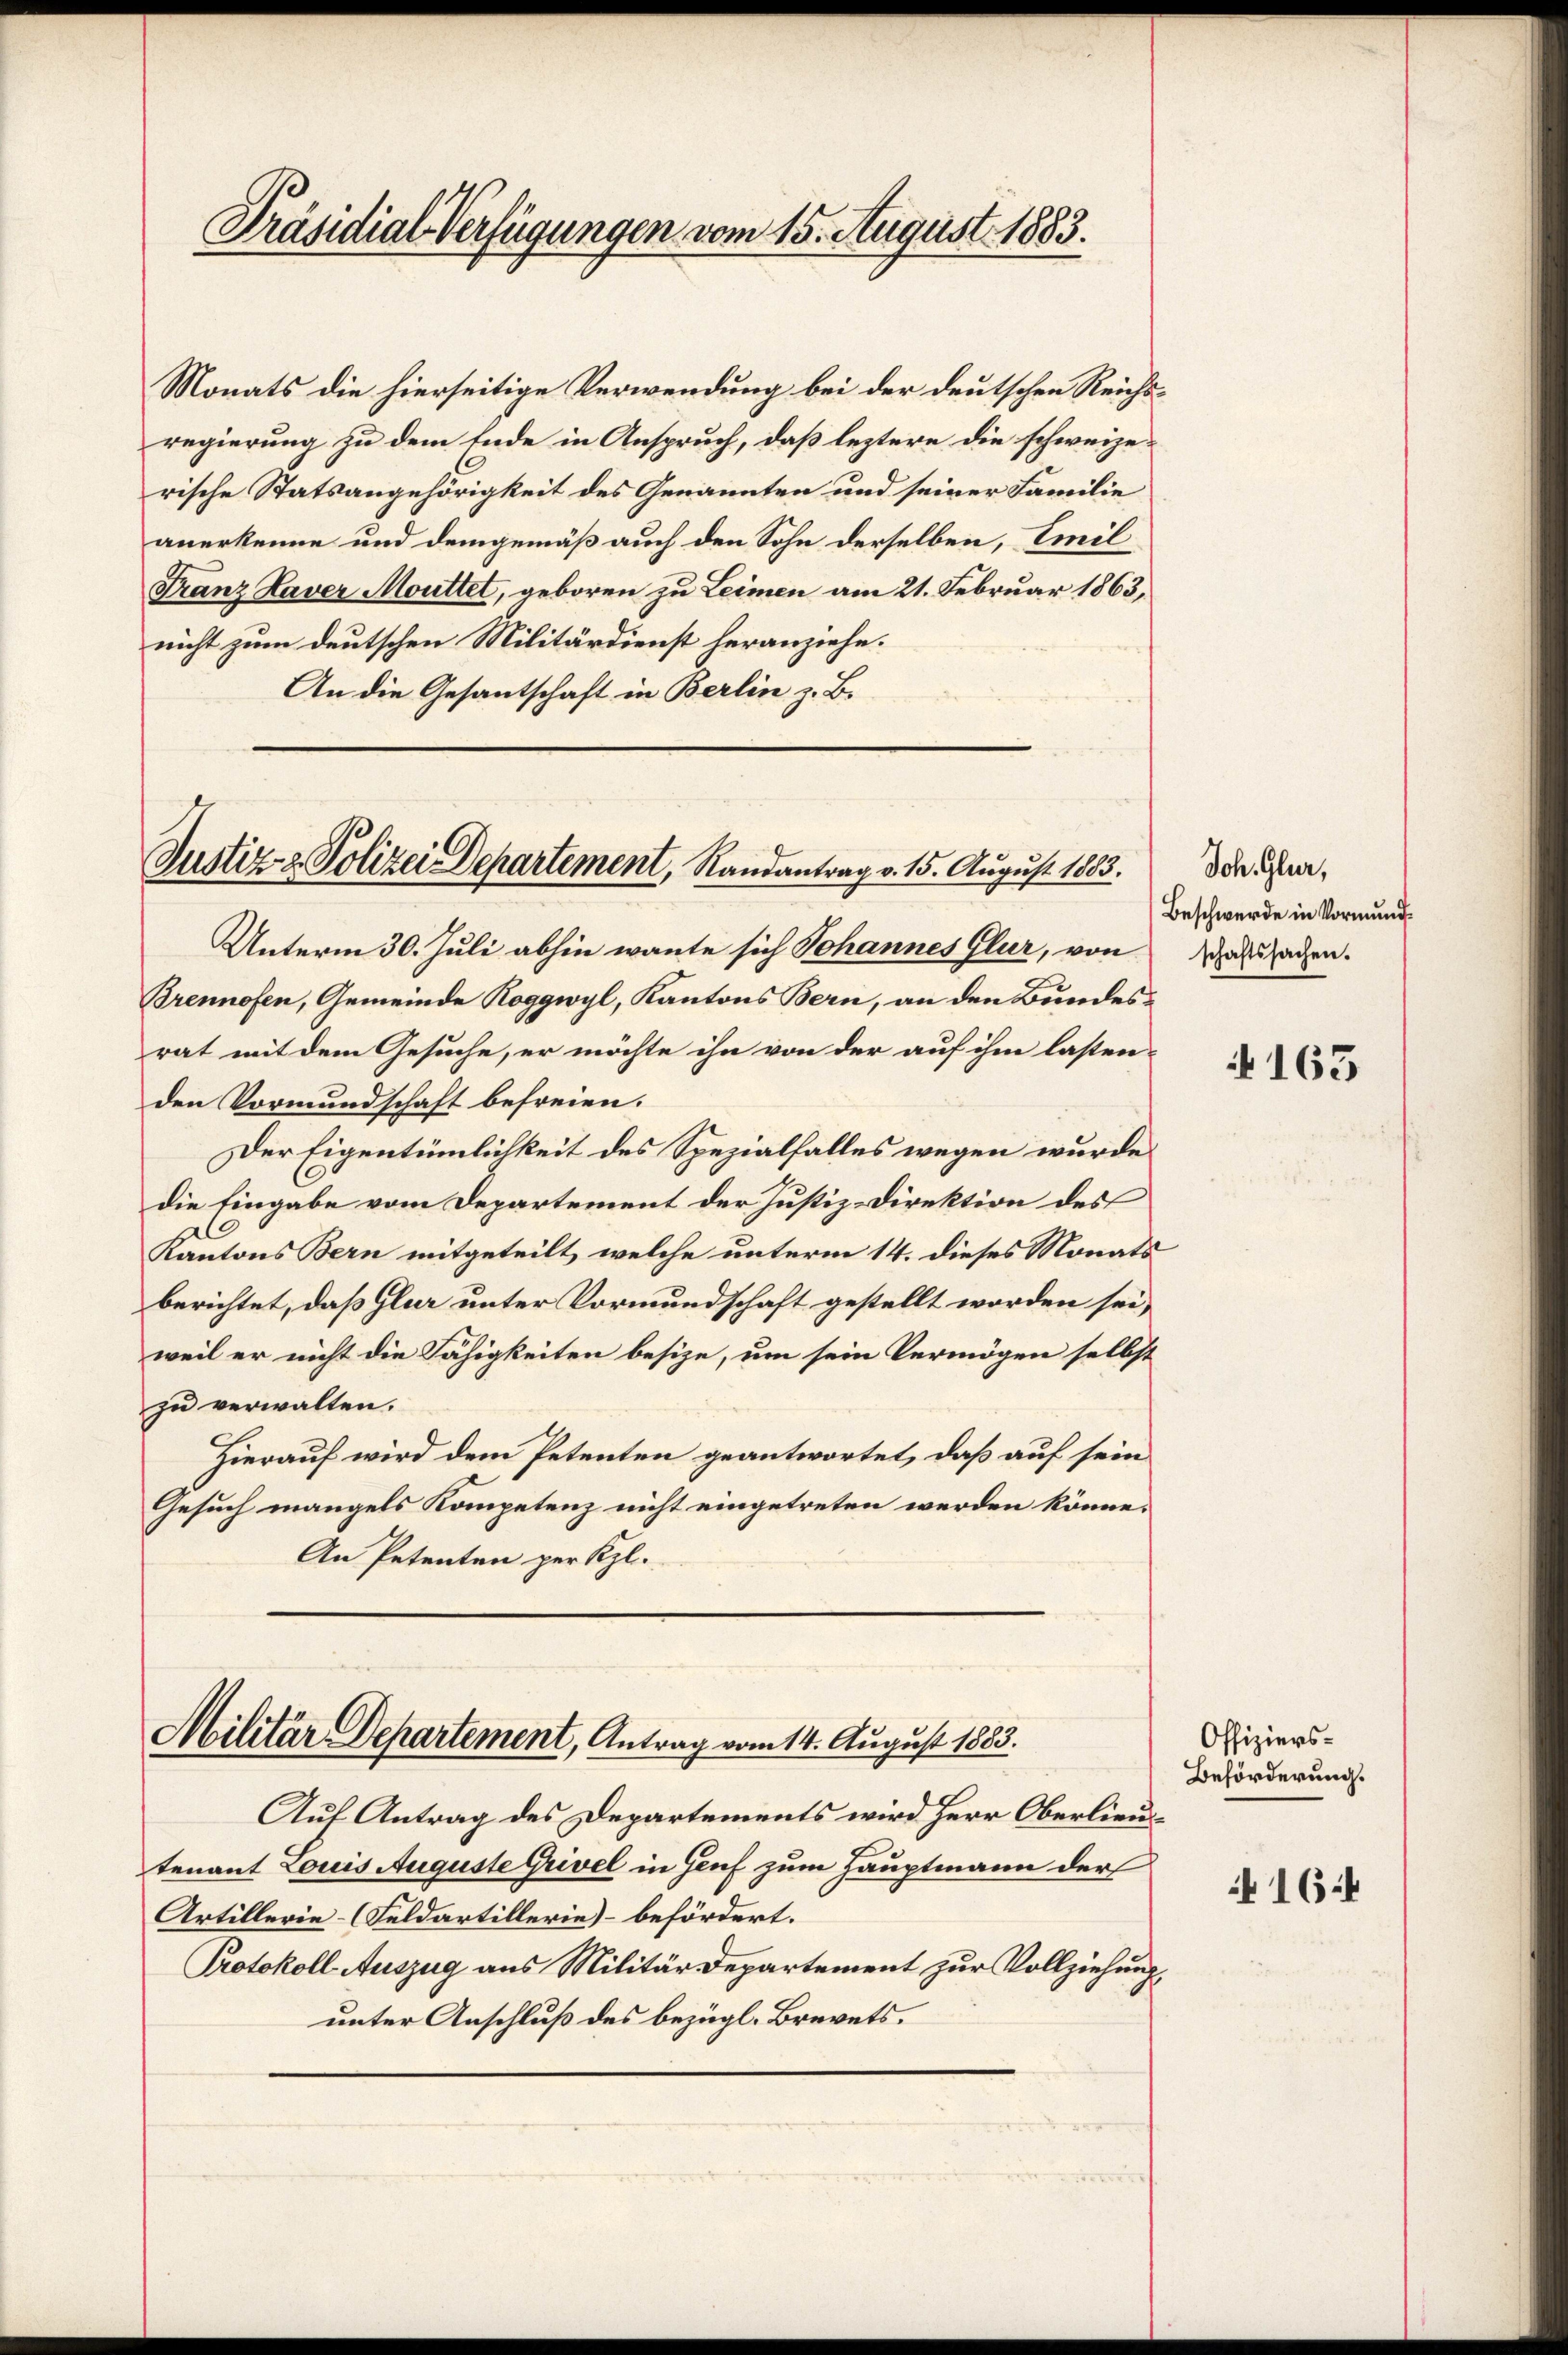
Präsidial-Verfügungen vom 15. August 1883.

Monats die hierseitige Verwendung bei der deutschen Reichsregierung zu dem Ende in Anspruch, daß leztere die schweizerische Statsangehörigkeit des Genannten und seiner Familie
anerkenne und demgemäß auch den Sohn derselben, Emil
Franz Haver Mouttet, geboren zu Leimen am 21. Februar 1863,
nicht zum deutschen Militärdienst heranziehe.
An die Gesantschaft in Berlin z. B.

Justiz- & Polizei Departement, Randantrag v. 15. August 1883.

Militar Departement, Antrag vom 14. August 1883.

Auf Antrag des Departements wird Herr Oberlieutenant Louis Auguste Grivel in Genf zum Hauptmann der
Artillerie- (Feldartillerie) befördert.
Protokoll- Auszug aus Militär Departement zur Vollziehung,
unter Anschluß des bezügl. Brevets.

Unterm 30. Juli abhin wante sich Johannes Glur, von
Brennofen, Gemeinde Roggwyl, Kantons Bern, an den Bundesrat mit dem Gesuche, er möchte ihn von der auf ihm lasten-
den Vormundschaft befreien.
Der Eigentümlichkeit des Spezialfalles wegen wurde
die Eingabe vom Departement der Justiz-Direktion des
C
Kantons Bern mitgeteilt, welche unterm 14. dieses Monats
berichtet, daß Glur unter Vormundschaft gestellt worden sei,
weil er nicht die Fähigkeiten besize, um sein Vermögen selbst
zu verwalten.
Hierauf wird dem Petenten geantwortet, daß auf sein
Gesuch mangels Kompetenz nicht eingetreten werden könne.
An Petenten per Szl.

Joh. Glur,
Beschwerde in Vormundschaftssachen.

4163

Offiziers¬
Beförderung.

164